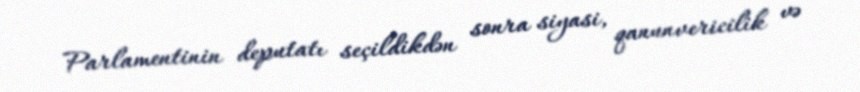
Parlamentinin deputatı seçildikdən sonra siyasi, qanunvericilik və